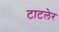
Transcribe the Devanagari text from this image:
टाटलेर